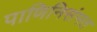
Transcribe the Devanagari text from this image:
पाणिनिसंमत